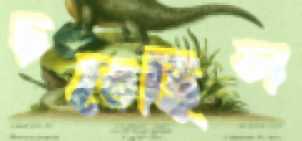
চরেছিল